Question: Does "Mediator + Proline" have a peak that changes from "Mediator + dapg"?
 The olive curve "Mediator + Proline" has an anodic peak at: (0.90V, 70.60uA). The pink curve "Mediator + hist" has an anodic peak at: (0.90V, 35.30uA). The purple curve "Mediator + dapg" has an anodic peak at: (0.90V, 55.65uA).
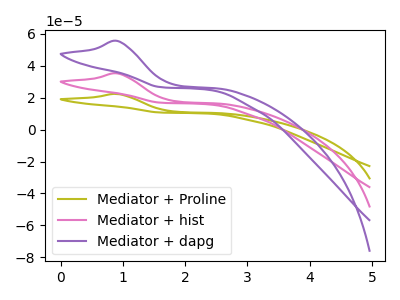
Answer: <think>All the peaks in "Mediator + Proline" have a peak in "Mediator + dapg" at the same potential. Every peak in "Mediator + Proline" is higher than every peak in "Mediator + dapg".
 </think>
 <answer>No, "Mediator + Proline" and "Mediator + dapg" don't appear to be significantly different in shape</answer>
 <eval>no_change</eval>